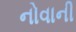
નોવાની